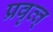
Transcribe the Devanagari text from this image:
प्रवृत्त्